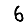
Digit: 6